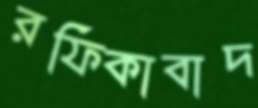
রফিকাবাদ